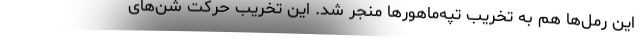
این رمل‌ها هم به تخریب تپه‌ماهورها منجر شد. این تخریب حرکت شن‌های